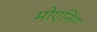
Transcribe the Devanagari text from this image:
मोएनिंग